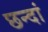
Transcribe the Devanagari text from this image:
छन्दां